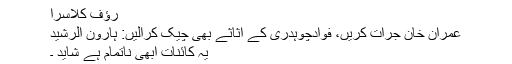
رؤف کلاسرا
عمران خان جرات کریں، فوادچوہدری کے اثاثے بھی چیک کرالیں: ہارون الرشید
یہ کائنات ابھی ناتمام ہے شاید ۔